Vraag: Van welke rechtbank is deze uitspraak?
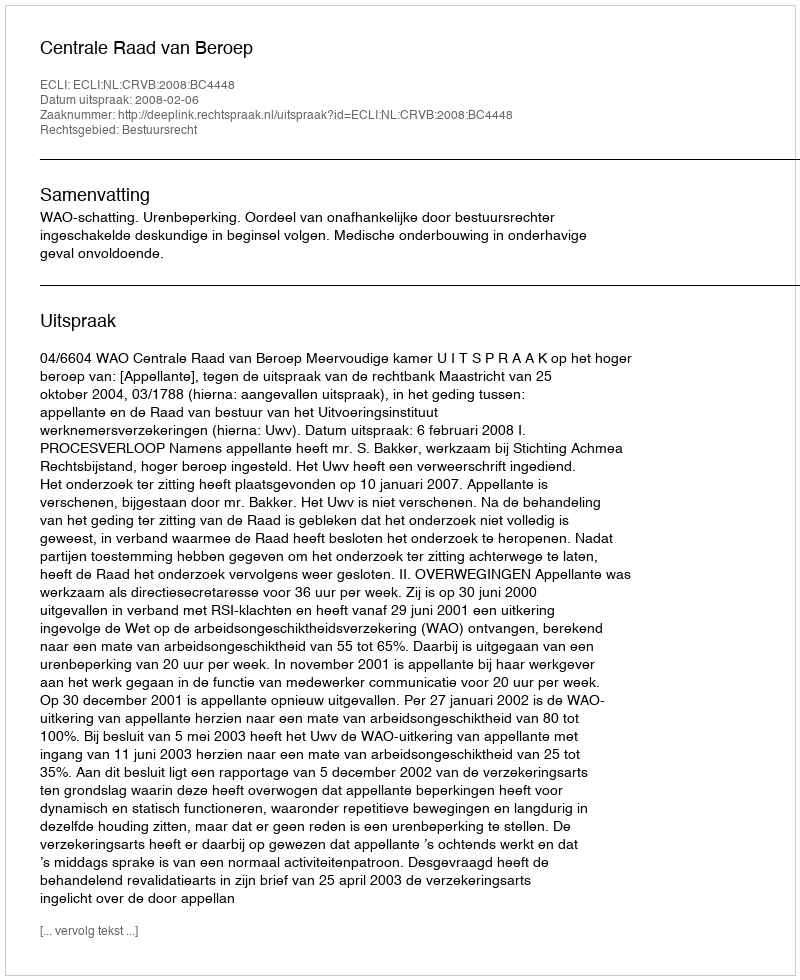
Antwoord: Centrale Raad van Beroep